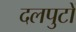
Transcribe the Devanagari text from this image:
दलपुटों